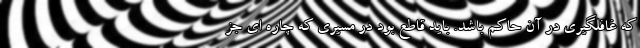
که غافلگیری در آن حاکم باشد. باید قاطع بود در مسیری که چاره ای جز